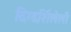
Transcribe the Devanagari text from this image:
दिग्दर्शिलेली